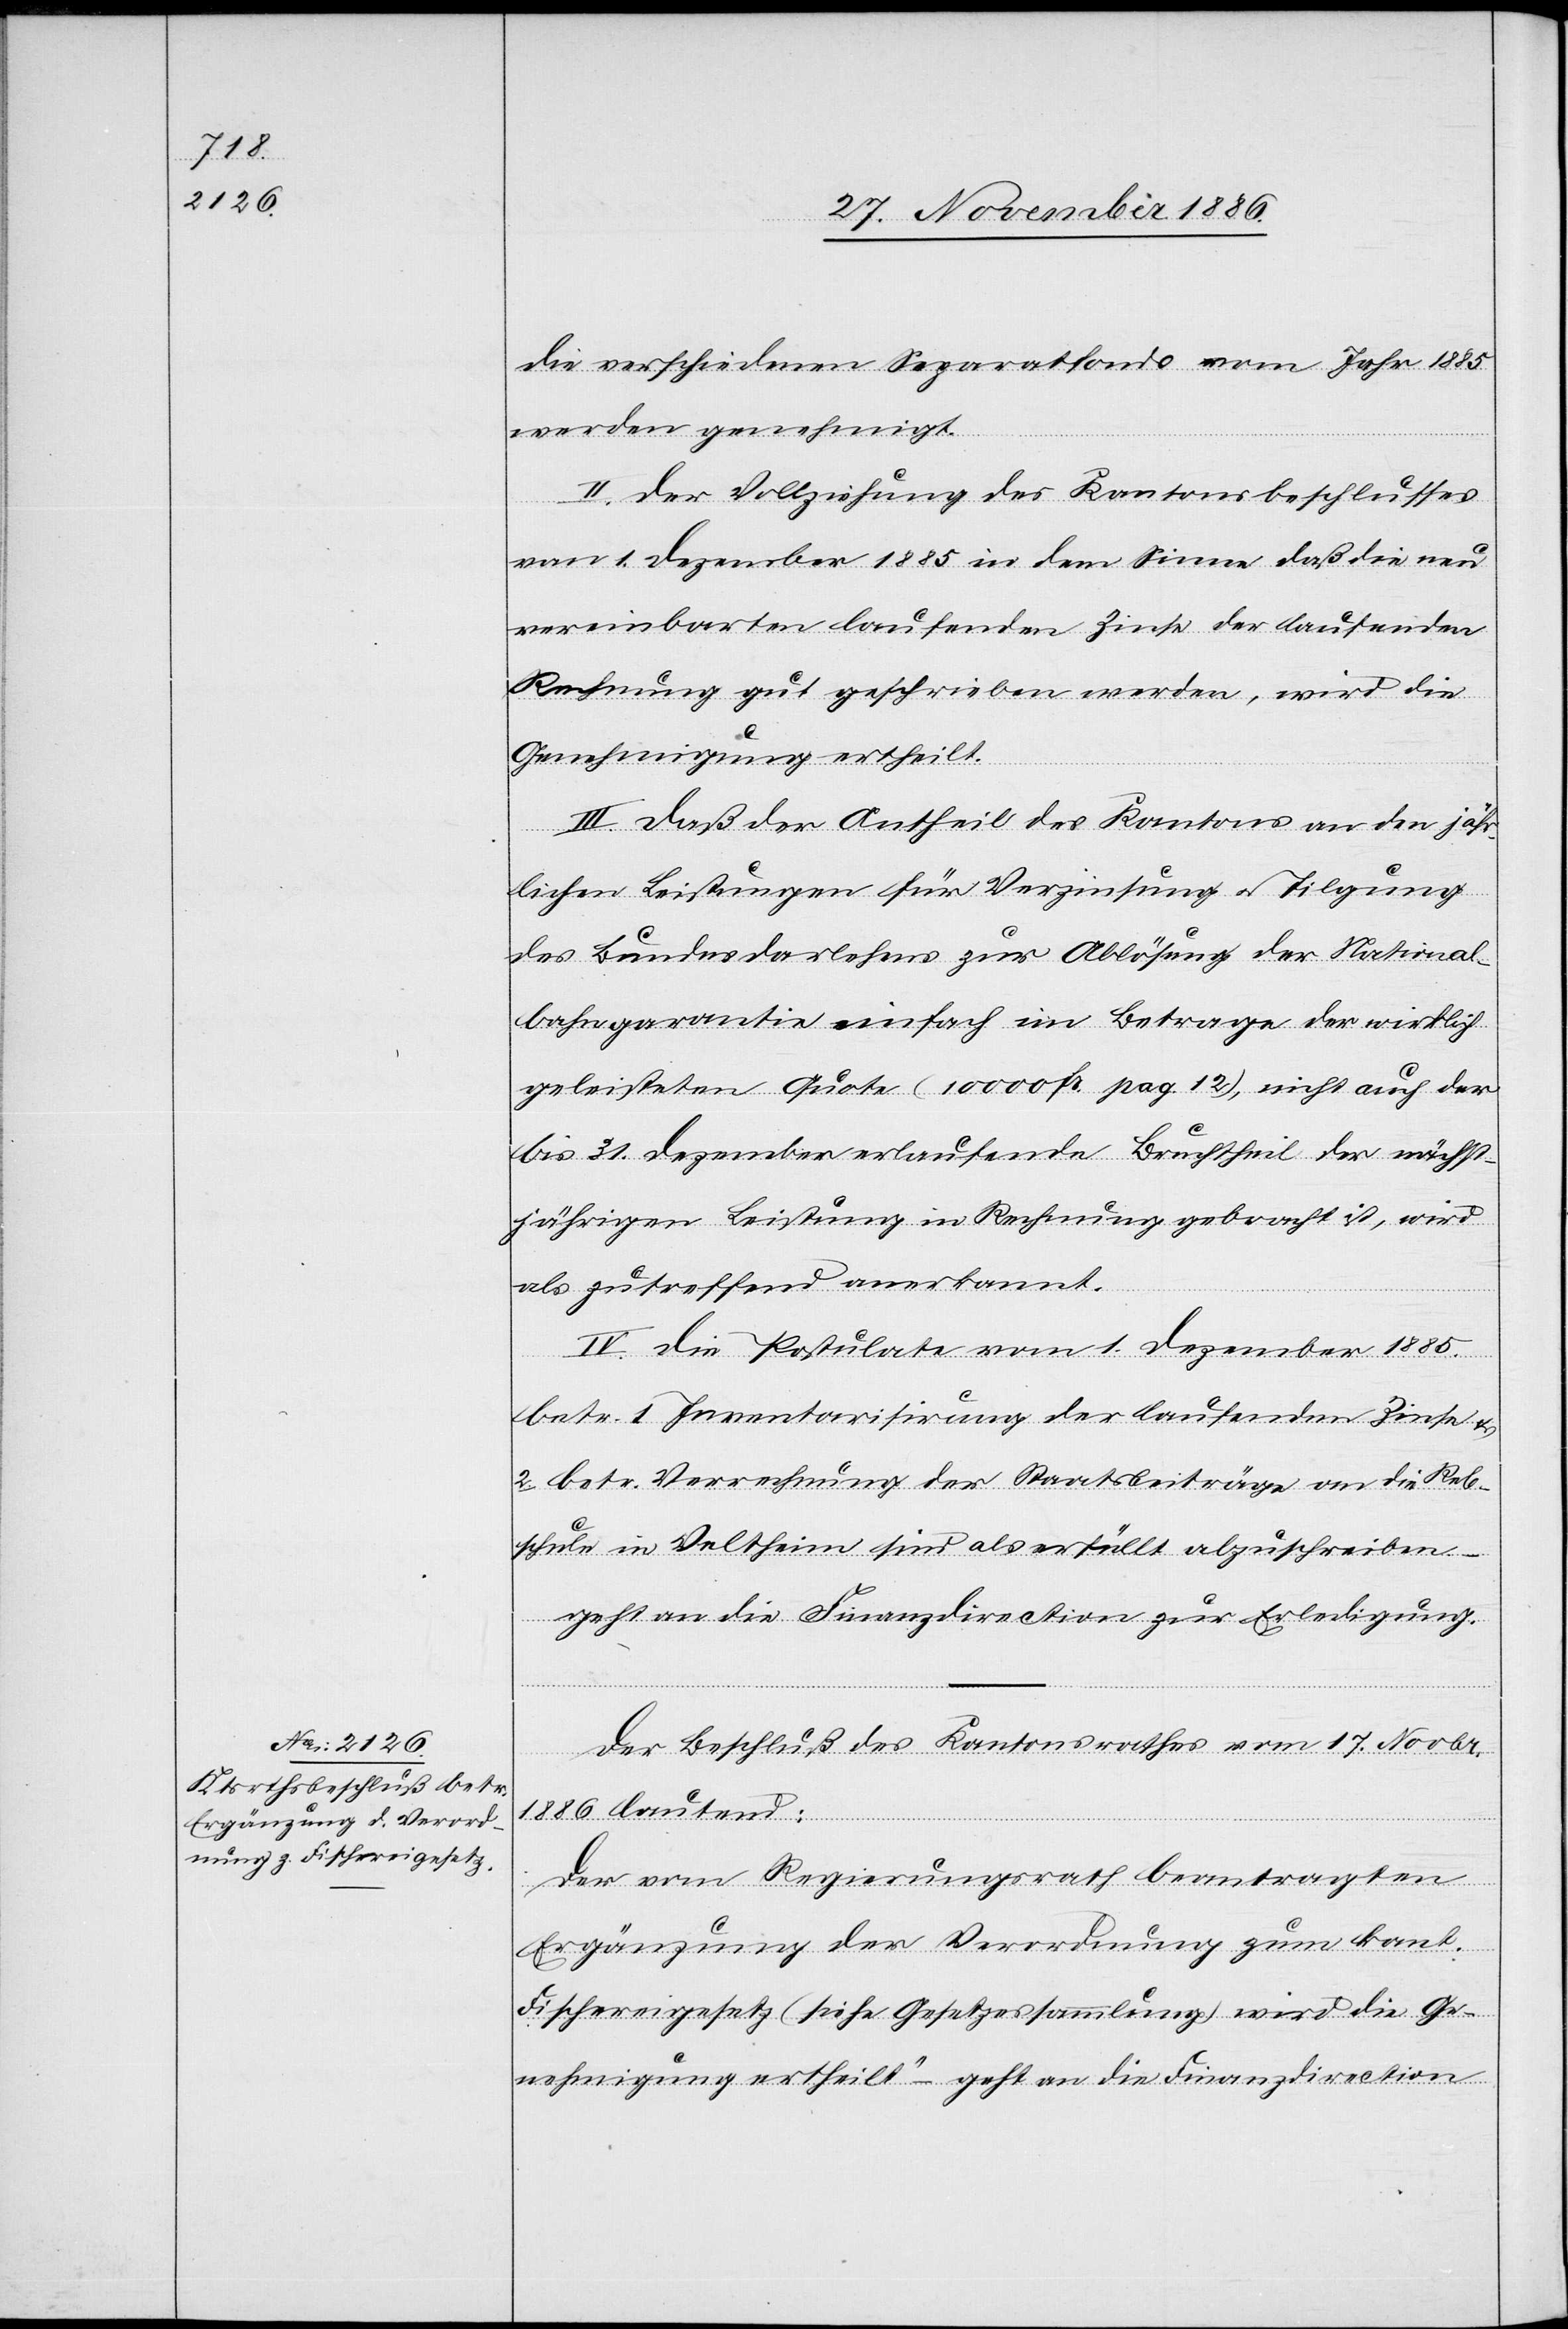
die verschiedenen Separatfonds vom Jahr 1885
werden genehmigt.
II. Der Vollziehung des Kantonsbeschlusses
von 1. Dezember 1885 in dem Sinne daß die neu
vereinbarten laufenden Zinse der laufenden
Rechnung gut geschrieben werden, wird die
Genehmigung ertheilt.
III. Daß der Antheil des Kantons an den jähr¬
lichen Leistungen für Verzinsung & Tilgung
des Bundesdarlehens zur Ablösung der National¬
bahngarantie einfach im Betrage der wirklich
geleisteten Quote (10 000 Fr. pag. 12), nicht auch der
bis 31. Dezember erlaufende Bruchtheil der nächst¬
jährigen Leistung in Rechnung gebracht ist, wird
als zutreffend anerkannt.
IV. Die Postulate vom 1. Dezember 1885
betr. 1 Inventarisirung der laufenden Zinse &
2. betr. Verrechnung der Staatsbeiträge an die Reb¬
schule in Veltheim sind als erfüllt abzuschreiben –
geht an die Finanzdirection zur Erledigung.
Der Beschluß des Kantonsrathes vom 17. Novbr.
1886 lautend:
„Der vom Regierungsrath beantragten
Ergänzung der Verordnung zum kant.
Fischereigesetz (siehe Gesetzessammlung) wird die Ge¬
nehmigung ertheilt“ – geht an die Finanzdirection